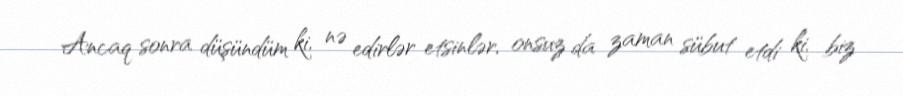
Ancaq sonra düşündüm ki, nə edirlər etsinlər, onsuz da zaman sübut etdi ki, biz